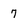
Character: 7